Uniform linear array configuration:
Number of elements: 4
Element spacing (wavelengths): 0.5
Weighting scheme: cosine
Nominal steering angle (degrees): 45
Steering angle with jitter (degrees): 45.463
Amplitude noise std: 0.05
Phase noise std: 0.05

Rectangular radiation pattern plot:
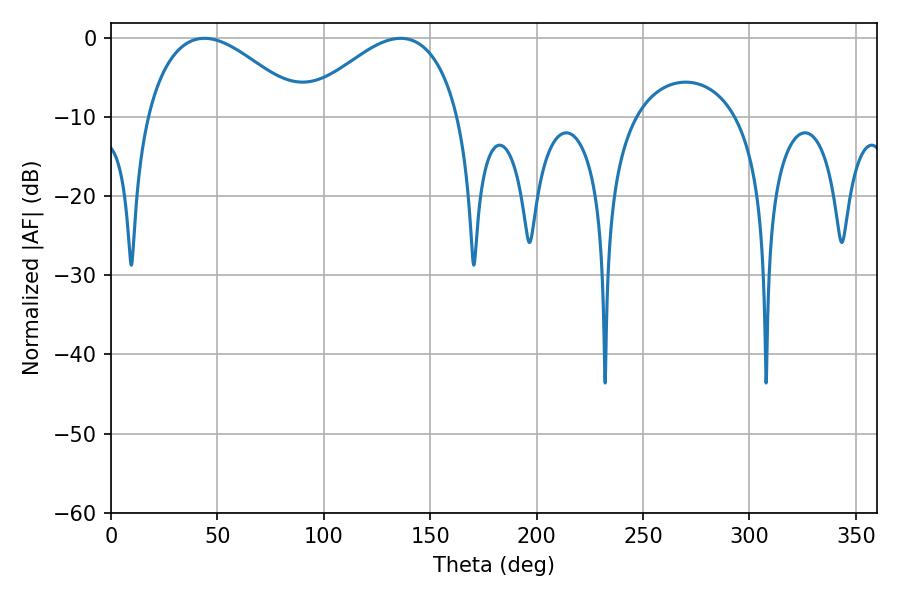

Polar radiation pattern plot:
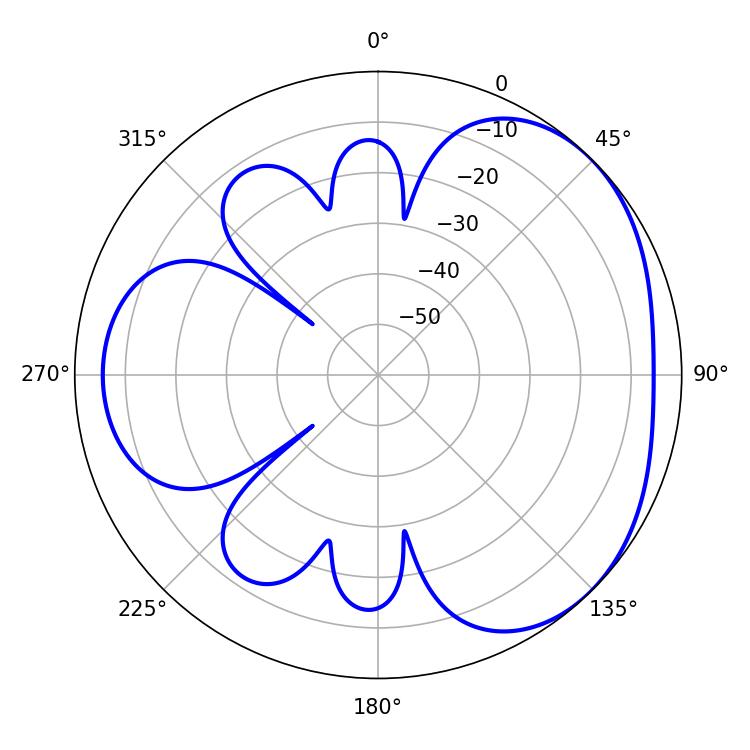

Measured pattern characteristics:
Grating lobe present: FALSE
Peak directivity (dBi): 3.406
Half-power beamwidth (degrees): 40.5
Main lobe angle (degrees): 43.92